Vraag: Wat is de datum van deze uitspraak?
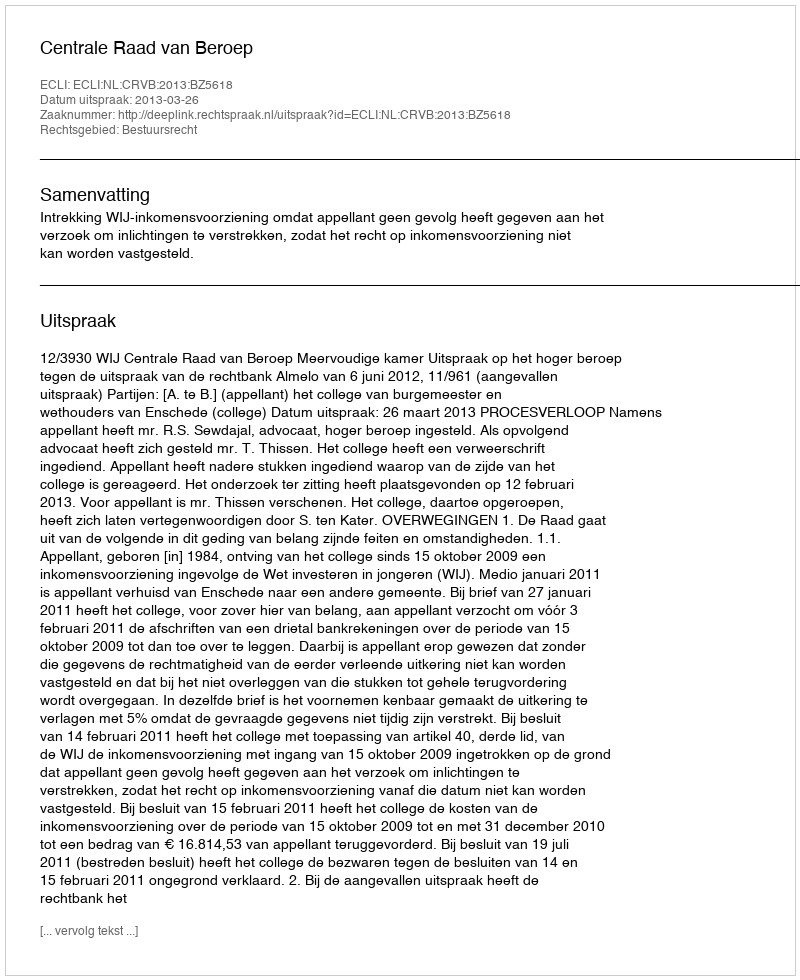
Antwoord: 2013-03-26